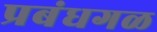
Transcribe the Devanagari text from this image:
प्रबंधगळ